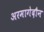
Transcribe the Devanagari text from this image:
अरमागेदौन